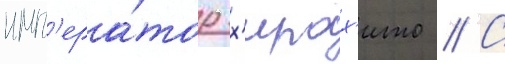
имп'ера́тор х'ирох'ито // С